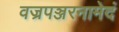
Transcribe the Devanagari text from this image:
वज्रपञ्जरनामेदं